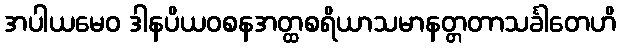
အပါယမေဝ ဒါနပိယဝစနအတ္ထစရိယာသမာနတ္တတာသင်္ခါတေဟိ